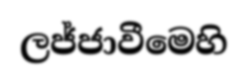
ලජ්ජාවීමෙහි